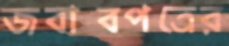
জবাবপত্রের